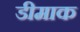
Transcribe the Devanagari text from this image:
डीमाक